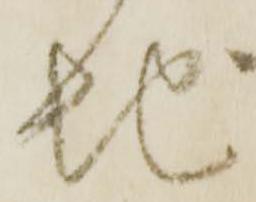
地